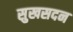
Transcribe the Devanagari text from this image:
सुखसदन